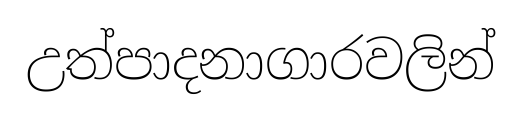
උත්පාදනාගාරවලින්